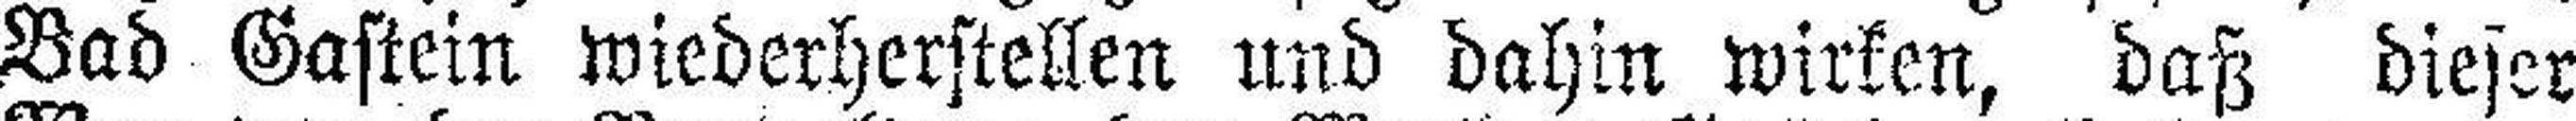
Bad Gastein wiederherstellen und dahin wirken, daß dieser